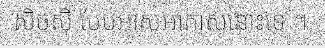
សិចស៊ី បែបអាសអាភាសនោះទេ ។